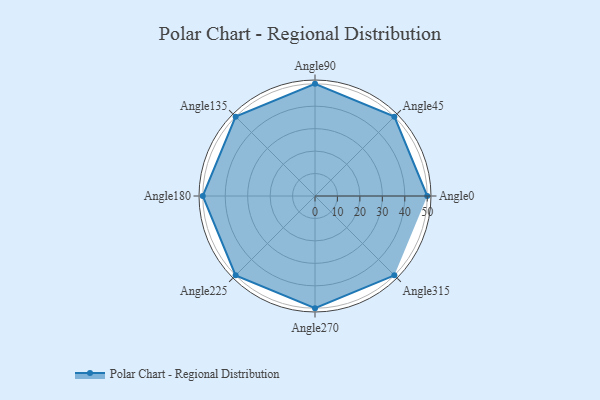
{"axis": {"x": "Angle", "y": "Radius"}, "legend": [""], "data": [{"x": "Angle0", "y": 50, "type": ""}, {"x": "Angle45", "y": 50, "type": ""}, {"x": "Angle90", "y": 50, "type": ""}, {"x": "Angle135", "y": 50, "type": ""}, {"x": "Angle180", "y": 50, "type": ""}, {"x": "Angle225", "y": 50, "type": ""}, {"x": "Angle270", "y": 50, "type": ""}, {"x": "Angle315", "y": 50, "type": ""}]}